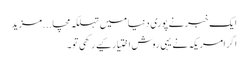
ایک خبر نے پوری دنیا میں تہلکہ مچا...مزید
اگرامریکہ نے یہی روش اختیار کیے رکھی تو۔